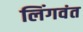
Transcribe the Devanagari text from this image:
लिंगवंत